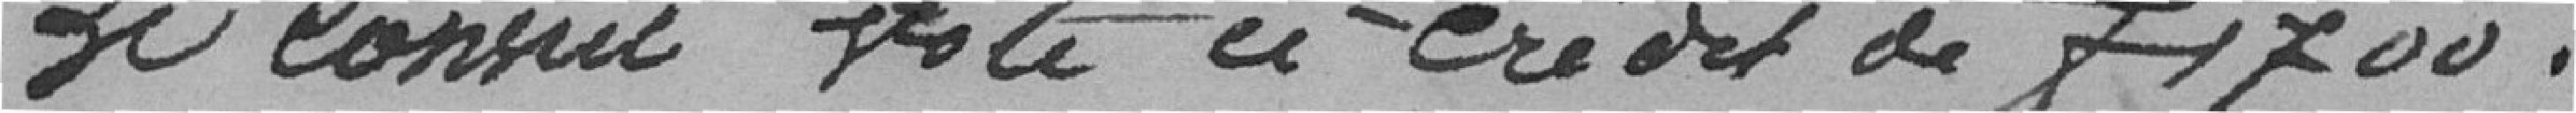
Le Conseil vote ce crédit de f 1700 .